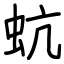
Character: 蚢